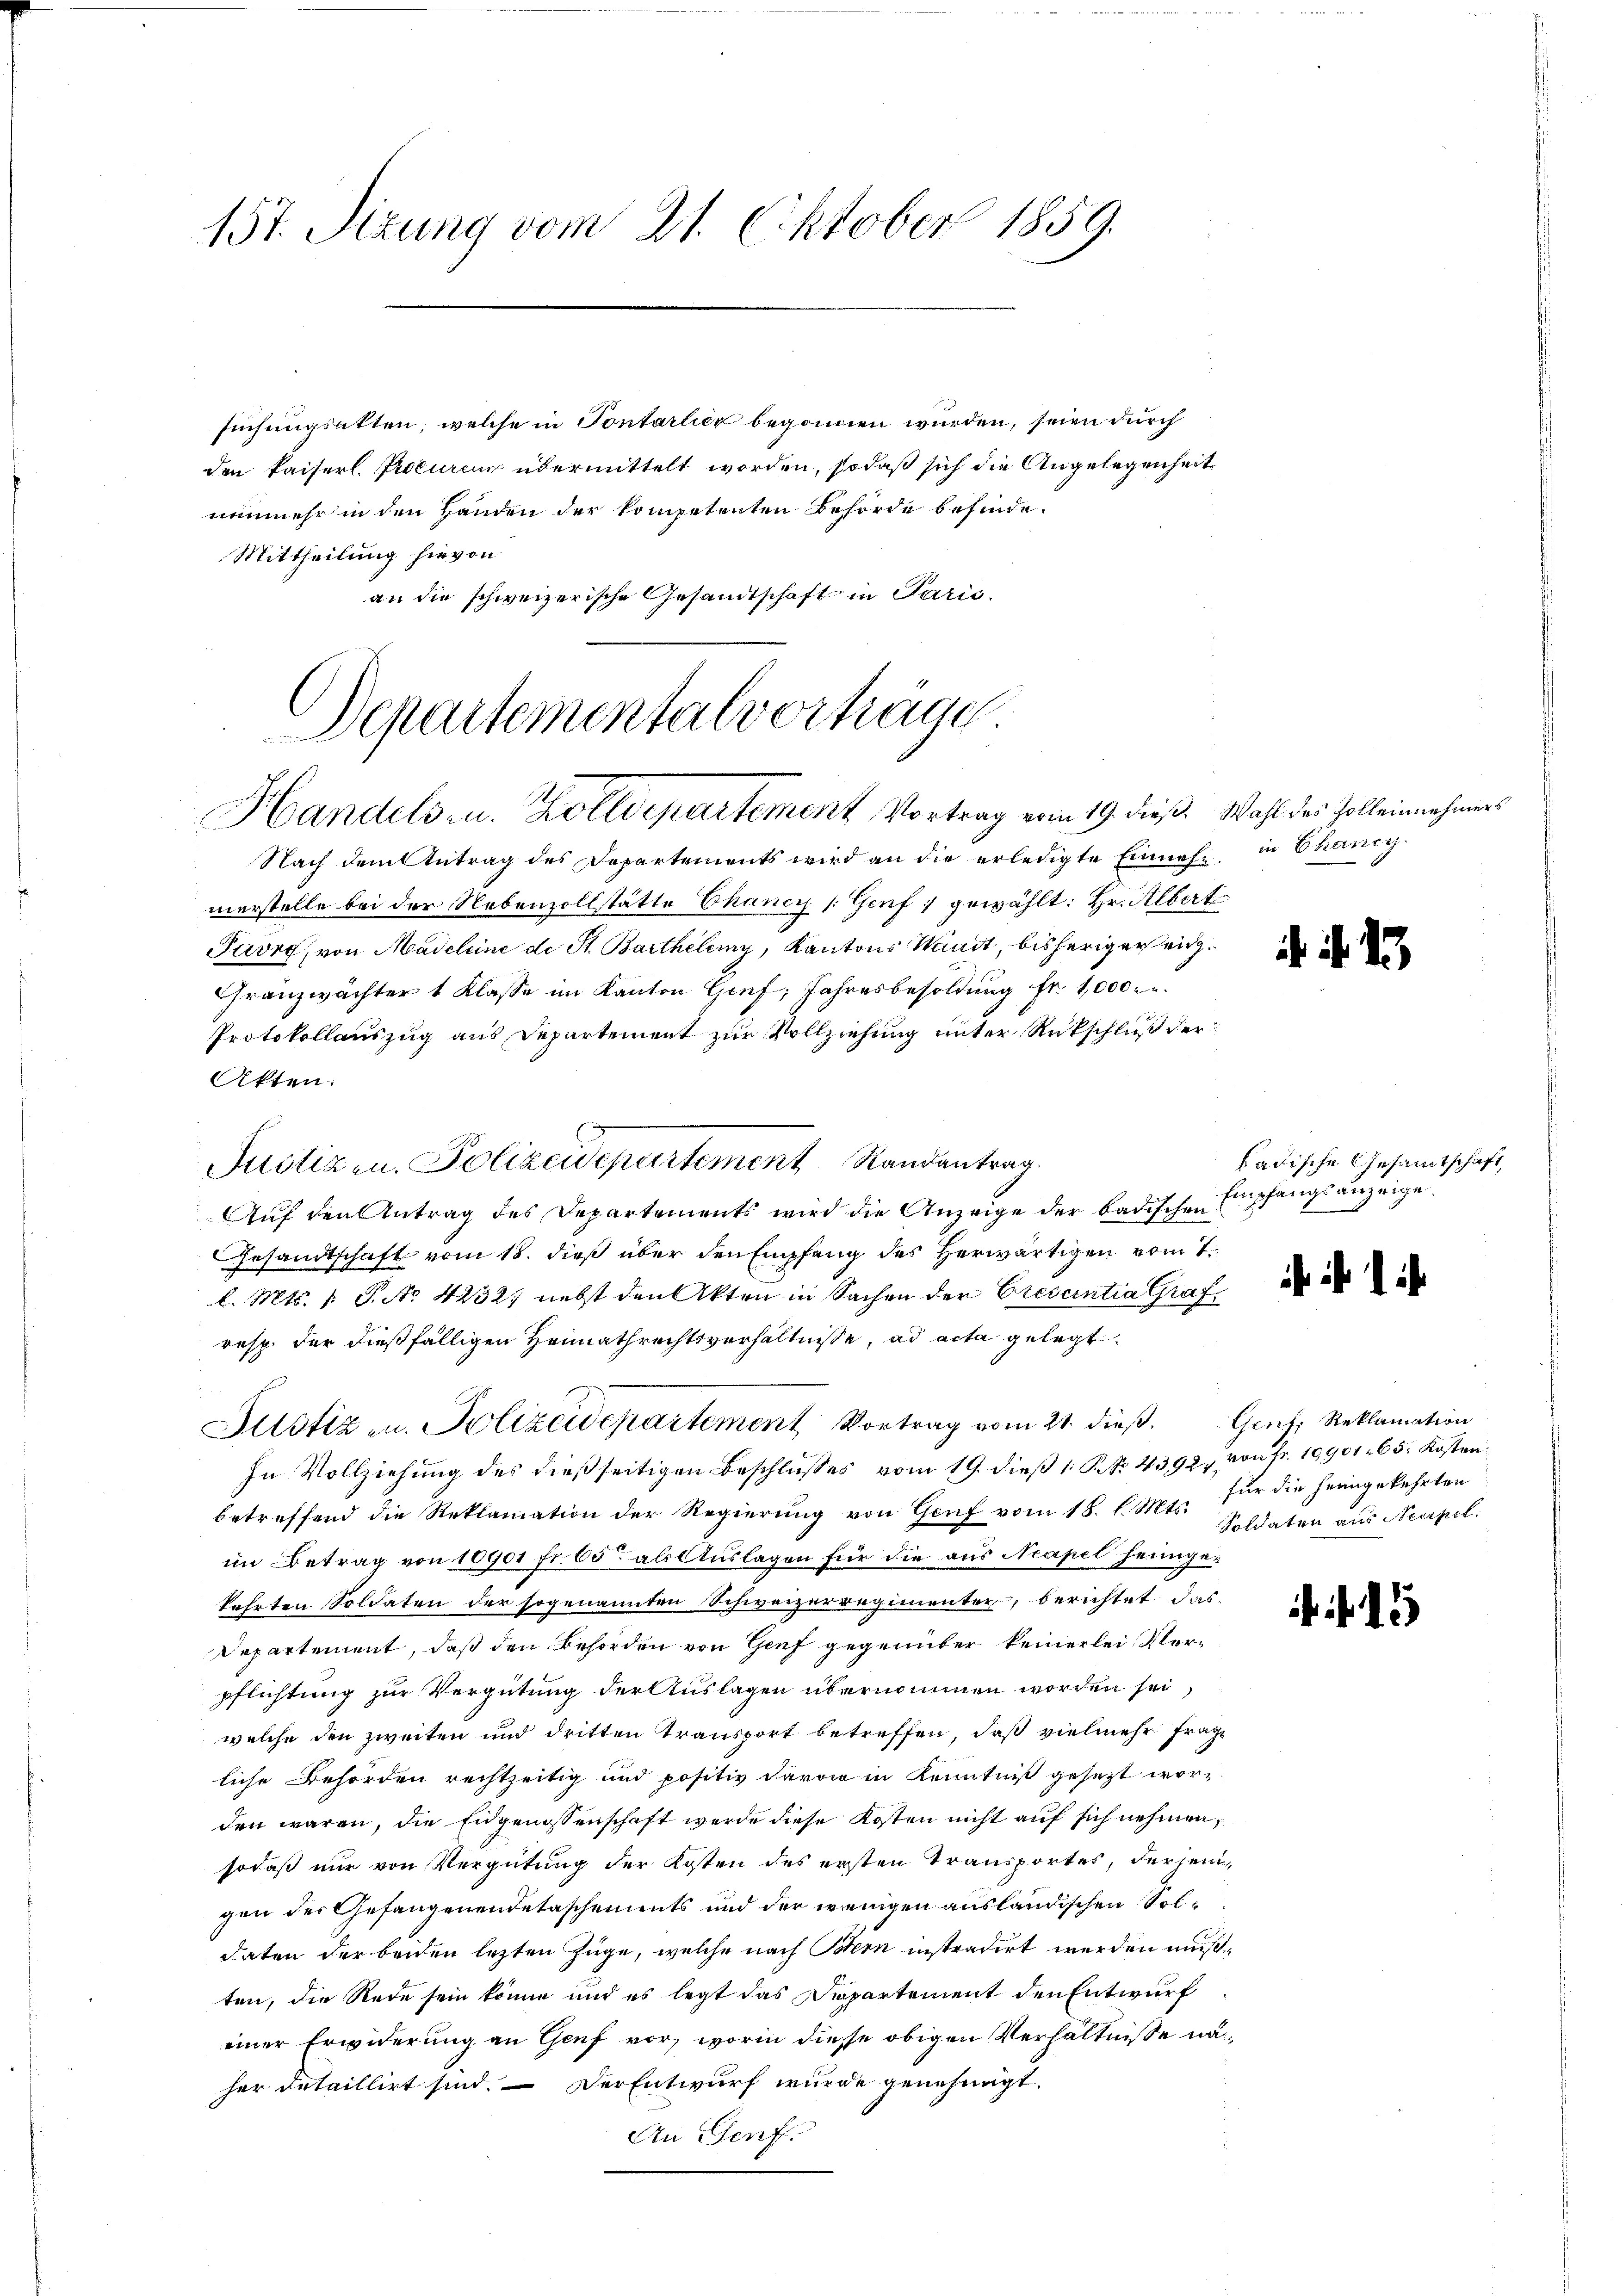
157. Sizung vom 21. Oktober 1859.

suchungsakten, welche in Sontarlier begonnen wurden, seien durch
den kaiserl. Procureur übermittelt worden, sodaß sich die Angelegenheit
nunmehr in den Handen der kompetenten Behörde befinde.
Mittheilung hievon
an die schweizerische Gesandtschaft in Paris

Departementalverträge
Handels- u. Zolldepartement Vortrag vom 19. dieß. Wahl des Zolleinnehmers

Justizen. Polizeidepartement Randantrag.

Nach dem Antrag des Departements wird an die erledigte Einnahe, in Chancy
merstelle bei der Nebenzollstätte Chancy (Genf gewählt: Hr. Albert
Pavre, von Madeleine de St. Barthelemy, Kantons Waadt, bisherigereig¬
Granzwächter 1 Klasse im Kanton Genf, Jahresbesoldung fr. 1000.
Protokollauszug aus Departement zur Vollziehung unter Rückschluß der
Akten.
Auf den Antrag des Departements wird die Anzeige der badischen
Gesandtschaft vom 18. dieß über den Empfang des herwärtigen vom 7.
l. Mts. v. J. No 4232, nebst den Akten in Sachen der Crescentia Graf
resp. der dießfälligen Heimathrechtsverhältnisse, ad acta gelegt.
Justiz u. Polizeidepartement Vortrag vom 21. dieß. Graf, Reklamation
In Vollziehung des dießseitigen Beschlusses vom 19. dieß 1 S. No. 4392, von Fr. 10901. 65. Kosten
betreffend die Reklamation der Regierung von Genf vom 18. d. Mts. Soldaten aus Neapel
im Betrag von 10901 fr. 65 als Auslagen für die aus Neapel heimgekehrten Soldaten der sogenannten Schweizerregimenter, berichtet das
Departement, daß den Behörden von Genf gegenüber keinerlei Verpflichtung zur Vergütung der Auslagen übernommen worden sei,
welche den zweiten und dritten Transport betreffen, daß vielmehr frage
liche Behörden rechtzeitig und positiv davon in Kenntniß gesezt worden waren, die Eidgenossenschaft werde diese Kosten nicht auf sich nehmen,
sodaß nur von Vergütung der Kosten des ersten Transportes, der sein
gen der Gefangenendetaschements und der wenigen ausländischen Soldaten der beiden lezten Züge, welche nach Bern instradirt werden mußten, die Rede sein könne und es legt das Departement den Entwurf
einer Erwiderung an Genf vor, worin diese obigen Verhältnisse näc
her detaillirt sind. Der Entwurf wurde genehmigt.
An Genf.

is ihr

1

badische Gesammtschaft,
Empfangsanzeige.

ihr ist i

für die heimgekehrten

15